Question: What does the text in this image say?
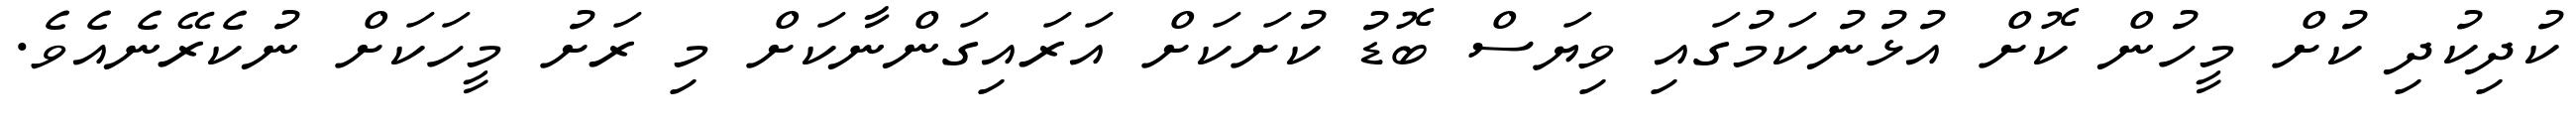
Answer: ކުދިކުދި ކުށް މީހުން ކޮށް އުޅުނުކަމުގައި ވިޔަސް ބޮޑު ކުށަކަށް އަރައިގަންނާކަށް މި ރަށު މީހަކަށް ނުކެރޭނެއެވެ.